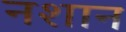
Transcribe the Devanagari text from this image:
नशान